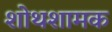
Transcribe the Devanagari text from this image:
शोथशामक